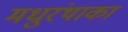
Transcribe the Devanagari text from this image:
मधुरंथाका